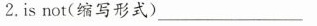
2.is not(缩写形式) ___